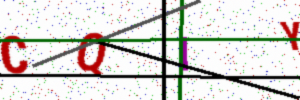
Text: CQIY